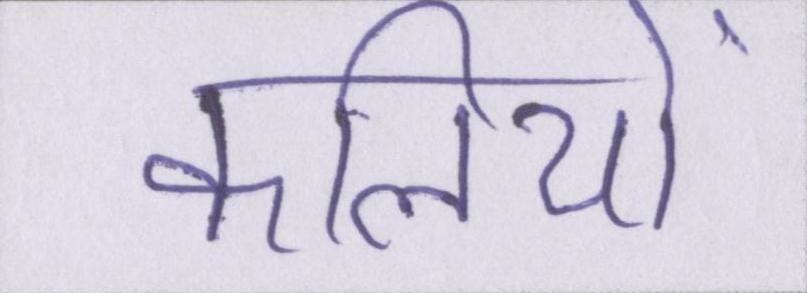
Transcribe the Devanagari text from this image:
कलियों